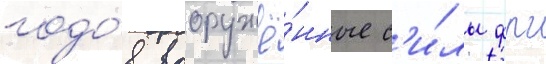
годо́в вооружё́нные с'и́лы фрг